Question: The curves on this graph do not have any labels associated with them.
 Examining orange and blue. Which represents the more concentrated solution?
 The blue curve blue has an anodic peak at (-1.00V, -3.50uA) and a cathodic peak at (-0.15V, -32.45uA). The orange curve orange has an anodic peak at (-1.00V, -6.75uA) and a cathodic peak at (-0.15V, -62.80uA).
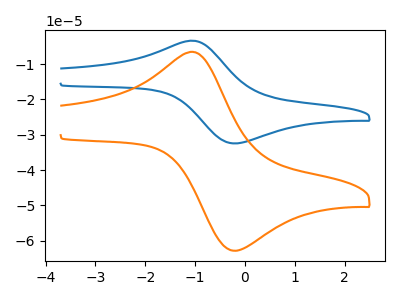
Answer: <think>All the peaks in "orange" have a peak in "blue" at the same potential.
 </think>
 <answer>I cant tell if "orange" or "blue" has higher concentration.</answer>
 <eval>mixed_concentration</eval>